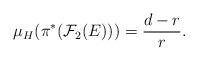
LaTeX: \begin{align*} \mu_H(\pi^*(\mathcal{F}_2(E)))=\frac{d-r}{r}.\end{align*}